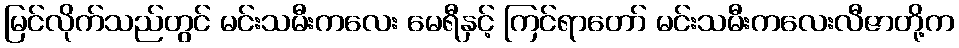
မြင်လိုက်သည်တွင် မင်းသမီးကလေး မေရီနှင့် ကြင်ရာတော် မင်းသမီးကလေးလီဇာတို့က